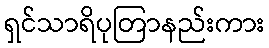
ရှင်သာရိပုတြာနည်းကား